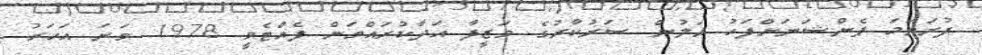
ފުރަތަމަ ޕެންޝަނަށްފަހު އަލުން ސަރުކާރުގެ ވަޒީފާ އަދާކުރައްވަން ފެއްޓެވީ 1978 ވަނަ އަހަރު